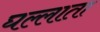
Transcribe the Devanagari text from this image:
घल्लाता